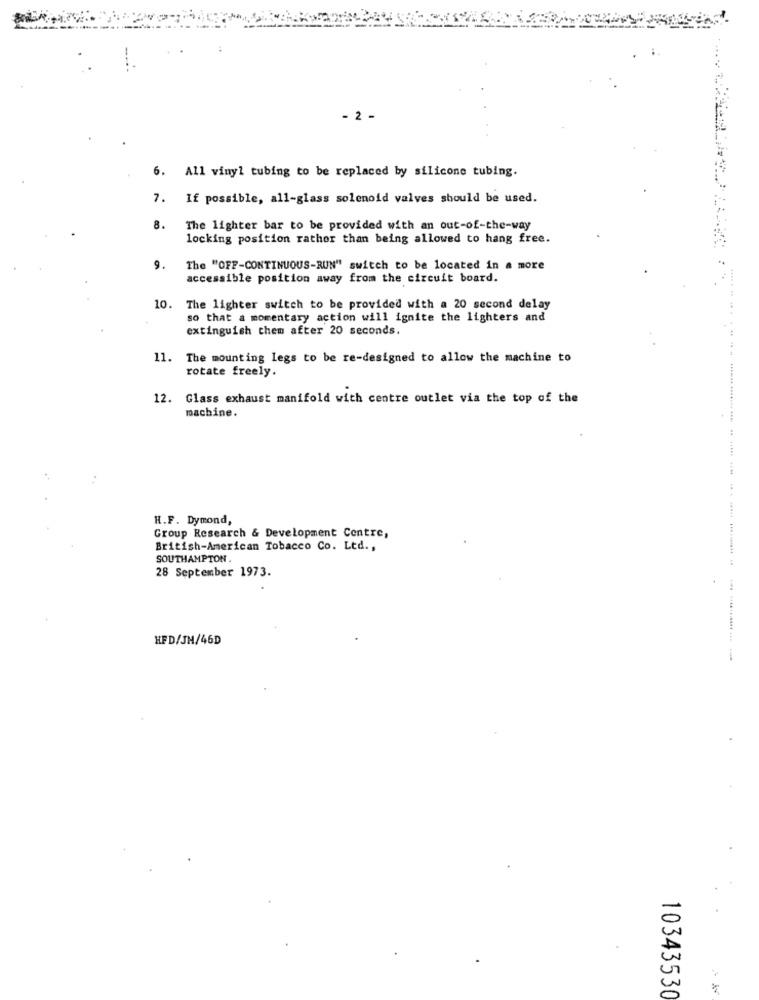
- 2 -
6. All vinyl tubing to be replaced by silicone tubing.
7. If possible, all-glass solenoid valves should be used.
8.
The lighter bar to be provided with an out-of-the-way
locking position rather than being allowed to hang free.
9.
The "OFF-CONTINUOUS-RUN" switch to be located in a more
accessible position away from the circuit board.
10. The lighter switch to be provided with a 20 second delay
so that a momentary action will ignite the lighters and
extinguish chem after 20 seconds.
11.
The mounting legs to be re-designed to allow the machine to
rotate freely.
12. Glass exhaust manifold with centre outlet via the top of the
machine.
++44
H.F. Dymond,
Group Research & Development Centre,
British-American Tobacco Co. Ltd .,
SOUTHAMPTON .
28 September 1973.
HFD/JH/46D
10343530